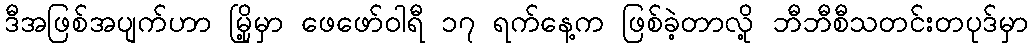
ဒီအဖြစ်အပျက်ဟာ မြို့မှာ ဖေဖော်ဝါရီ ၁၇ ရက်နေ့က ဖြစ်ခဲ့တာလို့ ဘီဘီစီသတင်းတပုဒ်မှာ